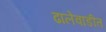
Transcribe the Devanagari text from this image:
ढालेवाडीत